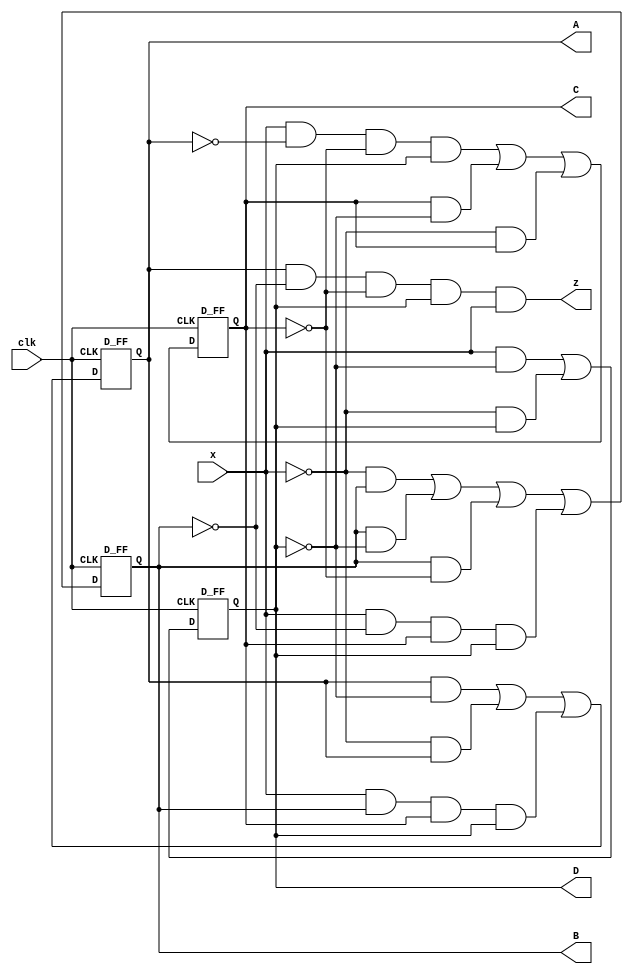
`timescale 1ns / 1ps

module decade_counter(clk,A,B,C,D,x,z);
input clk,x;
output A,B,C,D,z;
assign Da=A&~D|~x&A|x&B&C&D;
assign Db=~x&B|B&~D|B&~C|x&~B&C&D;
assign Dc=x&~A&~C&D|C&~D|~x&C;
assign Dd=x&~D|~x&D;

D_FF d1(A,Da,clk);
D_FF d2(B,Db,clk);
D_FF d3(C,Dc,clk);
D_FF d4(D,Dd,clk);
assign z=A&~B&~C&D&x;
endmodule


module D_FF(Q,D,CLK);
input D,CLK;
output Q;
reg Q,NQ;
initial begin
Q=0;
NQ=0;
end
always @(posedge CLK)begin
Q<=D;
NQ<=~D;
end
endmodule